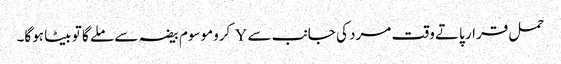
حمل قرار پاتے وقت مرد کی جانب سے Y کروموسوم بیضہ سے ملے گا تو بیٹا ہوگا۔